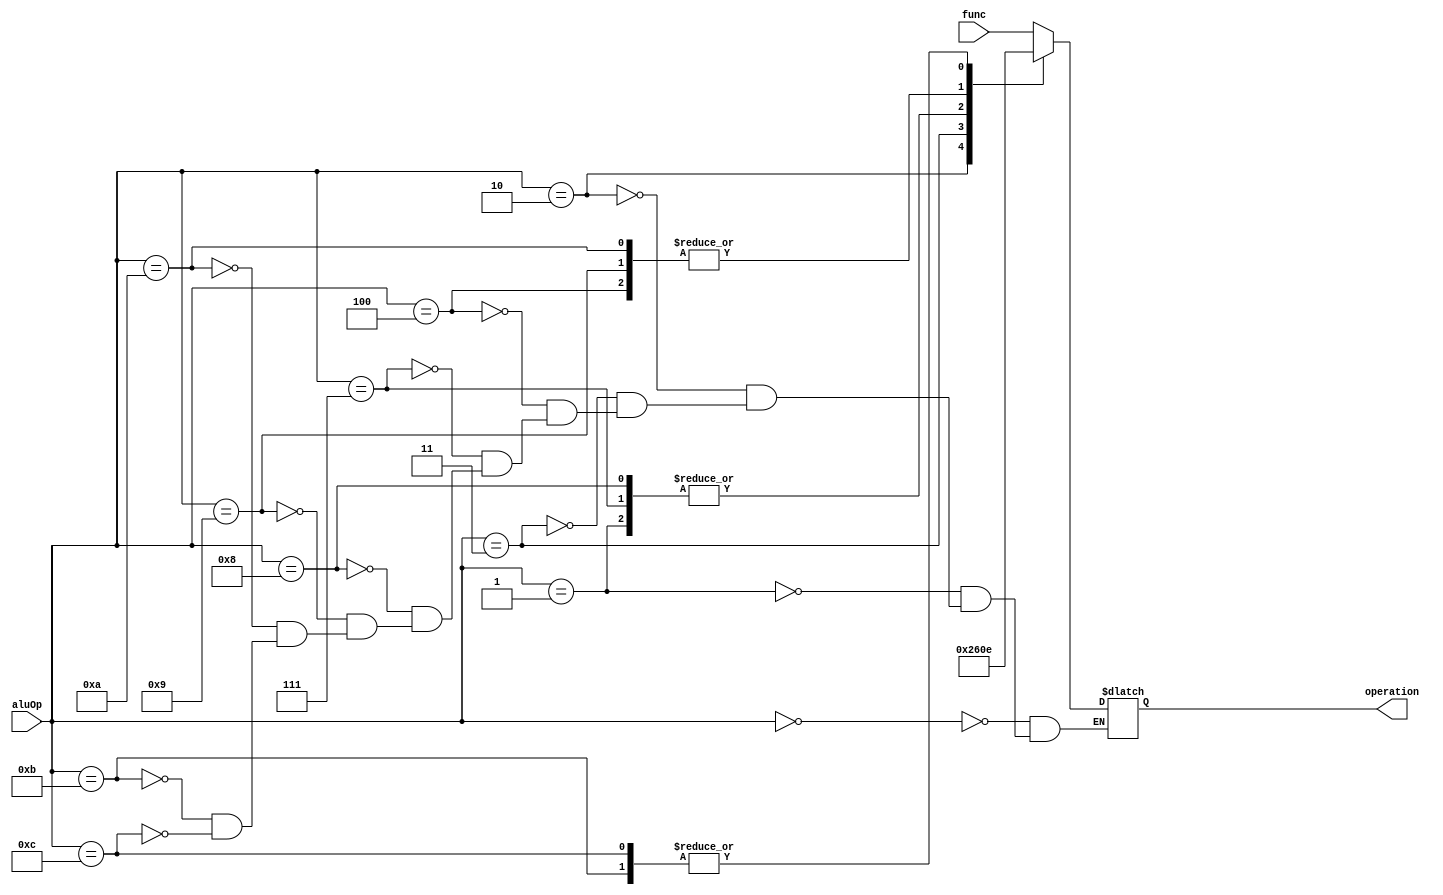
module aluControl(input[2:0] func,input[3:0] aluOp,output[2:0] operation);
  reg[2:0] op;
  always @(aluOp)begin
    case(aluOp)
      4'b0000 :op = func;//R-type
      4'b0001 :op = 3'd0;//addi
      4'b0010 :op = 3'd2;//andi
      4'b0011 :op = 3'd3;//ori
      4'b0100 :op = 3'd1;//subi
      4'b0111 :op = 3'd0;//lhw
      4'b1000 :op = 3'd0;//shw
      4'b1001 :op = 3'd1;//beq
      4'b1010 :op = 3'd1;//bne
      4'b1011 :op = 3'd6;//blt
      4'b1100 :op = 3'd6;//bgt
      
      
    endcase
  end
  assign operation = op;
endmodule